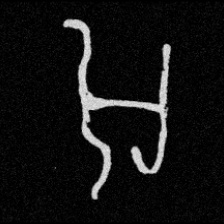
Pyu character \u2014 Myanmar letter: အ (romanized: a)